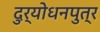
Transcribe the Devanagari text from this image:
दुर्योधनपुत्र